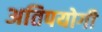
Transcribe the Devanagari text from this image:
अतिपयोगी